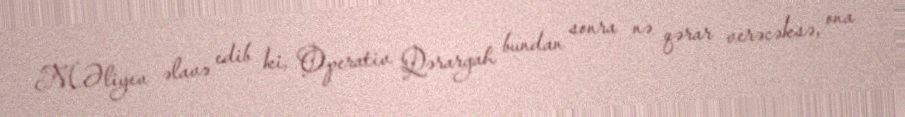
M.Əliyev əlavə edib ki, Operativ Qərargah bundan sonra nə qərar verəcəksə, ona